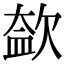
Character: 𣣥